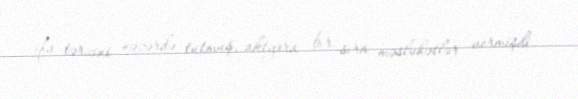
ifa tərzini nəzərdə tutmuş, aktyora bir sıra məsləhətlər vermişdi.